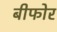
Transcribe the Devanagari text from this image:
बीफोर